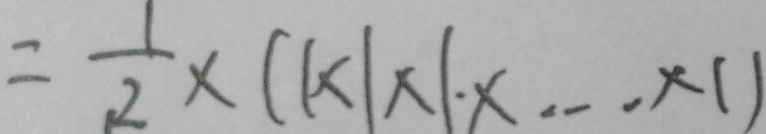
= \frac { 1 } { 2 } \times ( 1 \times 1 \times 1 \times \cdots \times 1 )